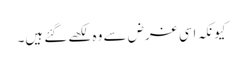
کیونکہ اسی غرض سے وہ لکھے گئے ہیں۔